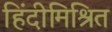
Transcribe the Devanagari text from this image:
हिंदीमिश्रित